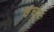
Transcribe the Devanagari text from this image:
वर्चर